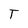
Character: T